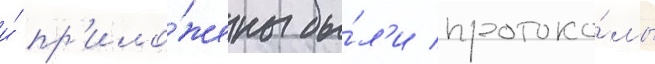
и́ пр'ило́жены бы́л'и протоко́лы